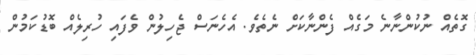
ގޮތެއް ނުކުންނާނެ މަގެއް ފެންނާކަށް ނެތެވެ. އެހެނަސް ޖެހިލުން ވެފައި ހުރިލެއް ބޮޑުކަމުން